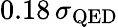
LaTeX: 0.18\, \sigma_{\mathrm{QED}}